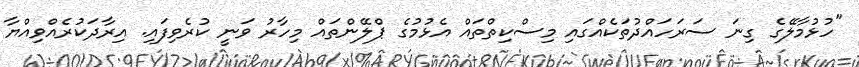
"ހުޅުމާލޭގެ ގިނަ ސަރަހައްދުތަކެއްގައި މިސްކިތްތައް އެޅުމުގެ ޕްލޭންތައް މިހާރު ވަނީ ކުރެވިފައި. އިރާދަކުރެއްވިއްޔާ